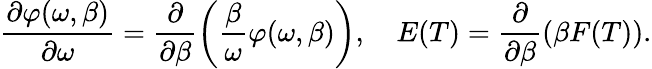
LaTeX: \frac{\partial\varphi(\omega,\beta)}{\partial\omega}=\frac{\partial}{\partial\beta}\left(\frac{\beta}{\omega}\varphi(\omega,\beta)\right),~~~~E(T)=\frac{\partial}{\partial\beta}\left(\beta F(T)\right).